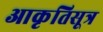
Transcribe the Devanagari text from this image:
आकृतिसूत्र